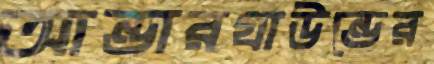
আন্ডারগ্রাউন্ডের